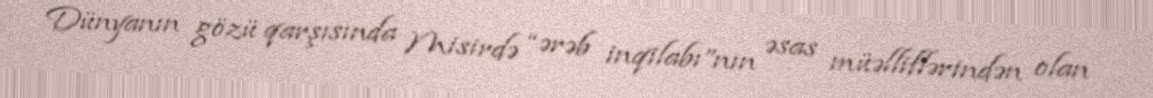
Dünyanın gözü qarşısında Misirdə “ərəb inqilabı”nın əsas müəlliflərindən olan